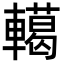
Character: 轕